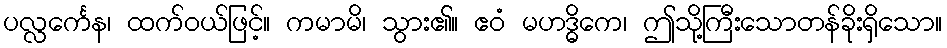
ပလ္လင်္ကေန၊ ထက်ဝယ်ဖြင့်။ ကမာမိ၊ သွား၏။ ဧဝံ မဟဒ္ဓိကေ၊ ဤသို့ကြီးသောတန်ခိုးရှိသော။